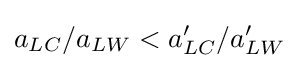
a_{LC}/a_{LW}<a'_{LC}/a'_{LW}